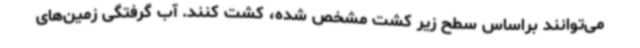
می‌توانند براساس سطح زیر کشت مشخص شده، کشت کنند. آب گرفتگی زمین‌های